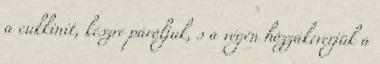
a cukkinit, készre pároljuk, s a végén hozzákeverjük a